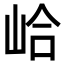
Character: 峆